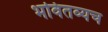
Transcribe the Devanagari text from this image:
भवितव्यच